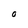
Character: O